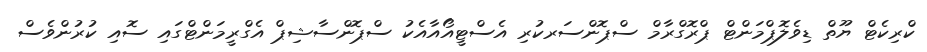
ކްރިކެޓް ޔޫތް ޑިވެލޮޕްމަންޓް ޕްރޮގްރާމް ސްޕޮންސަރކުރި އެސްޓީއޯއާއެކު ސްޕޮންސާޝިޕް އެގްރީމަންޓްގައި ސޮއި ކުރުންވެސް